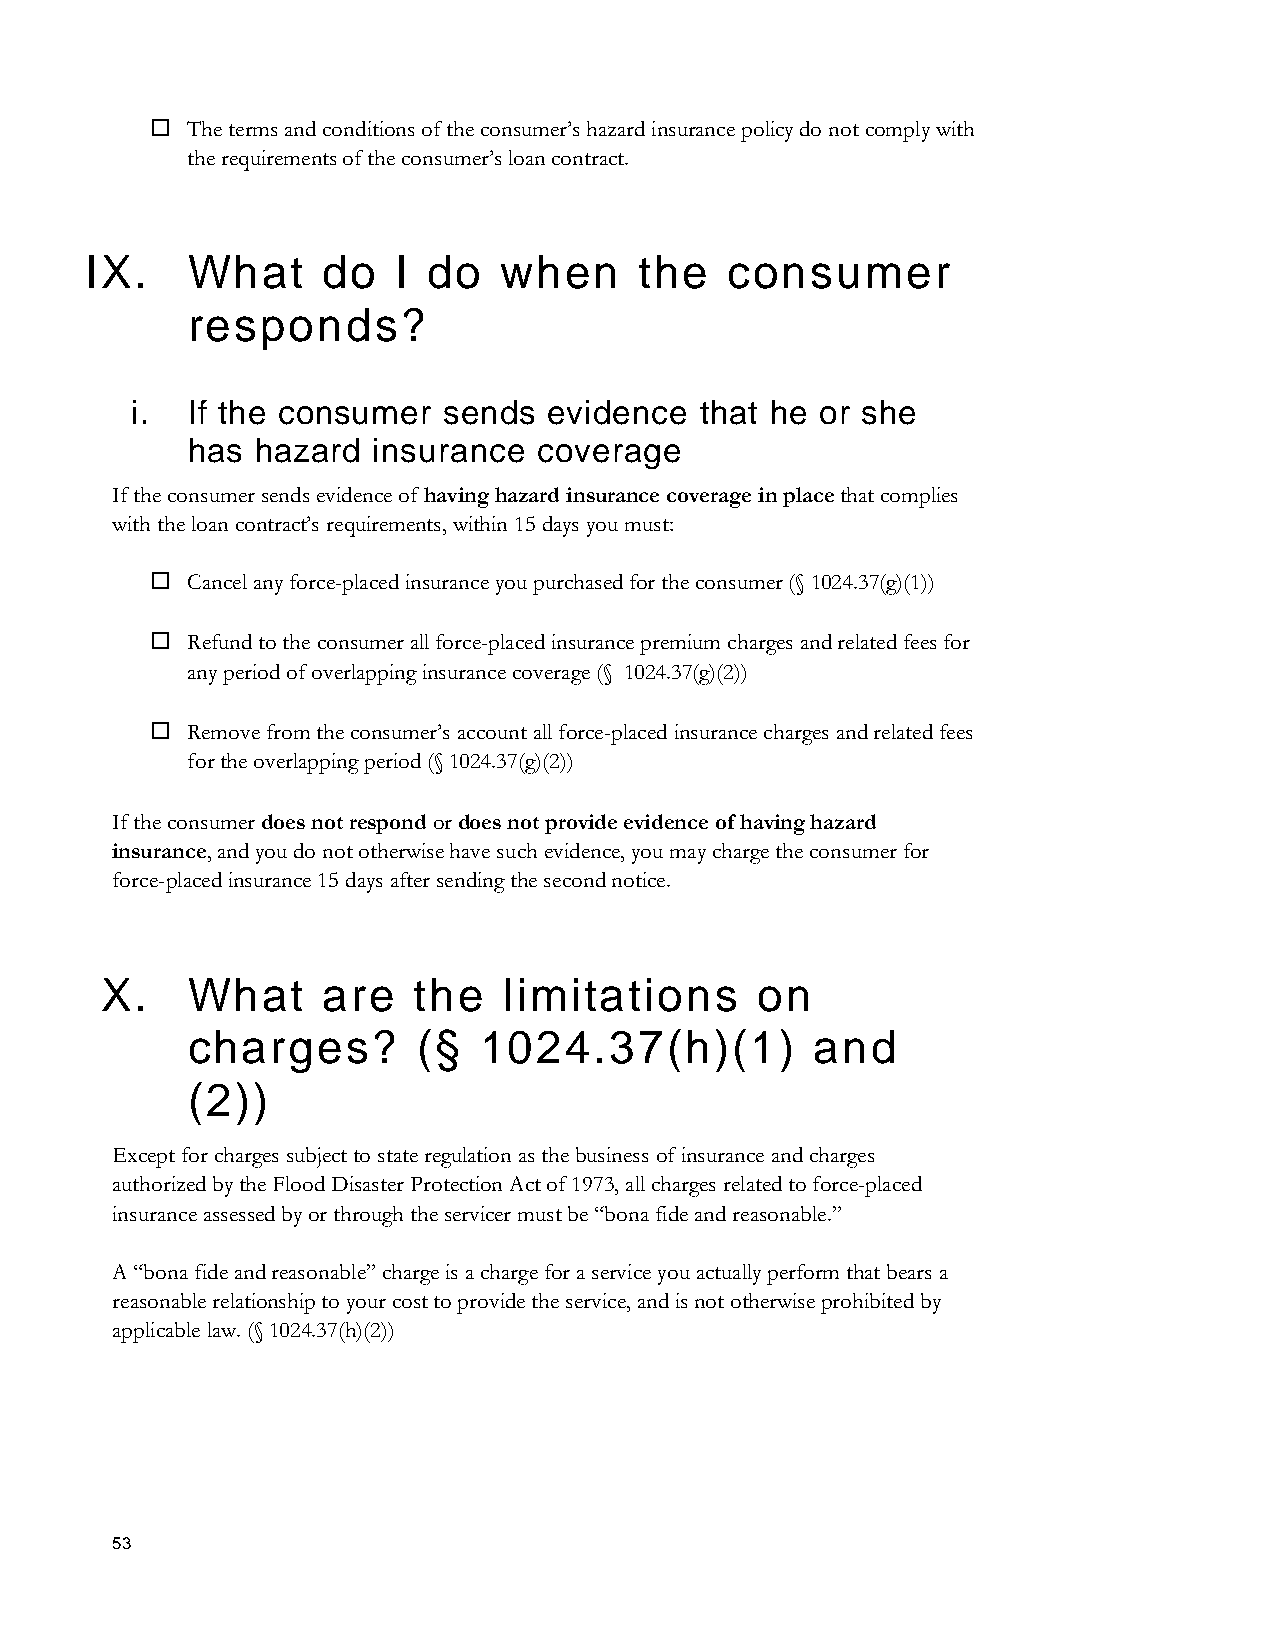
 The terms and conditions of the consumer’s hazard insurance policy do not comply with
 the requirements of the consumer’s loan contract.
 IX.   What     do   I do   when     the   consumer
 responds?
 i. If the consumer  sends  evidence  that he or she
 has  hazard  insurance  coverage
 If the consumer sends evidence of having hazard insurance coverage in place that complies
 with the loan contract’s requirements, within 15 days you must:
  Cancel any force-placed insurance you purchased for the consumer (§ 1024.37(g)(1))
  Refund to the consumer all force-placed insurance premium charges and related fees for
 any period of overlapping insurance coverage (§ 1024.37(g)(2))
  Remove from the consumer’s account all force-placed insurance charges and related fees
 for the overlapping period (§ 1024.37(g)(2))
 If the consumer does not respond or does not provide evidence of having hazard
 insurance, and you do not otherwise have such evidence, you may charge the consumer for
 force-placed insurance 15 days after sending the second notice.
 X.   What     are   the   limitations      on
 charges?        (§  1024.37(h)(1)         and
 (2))
 Except for charges subject to state regulation as the business of insurance and charges
 authorized by the Flood Disaster Protection Act of 1973, all charges related to force-placed
 insurance assessed by or through the servicer must be “bona fide and reasonable.”
 A “bona fide and reasonable” charge is a charge for a service you actually perform that bears a
 reasonable relationship to your cost to provide the service, and is not otherwise prohibited by
 applicable law. (§ 1024.37(h)(2))
 53